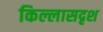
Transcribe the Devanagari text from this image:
किल्लासदृश